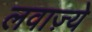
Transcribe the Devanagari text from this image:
लवाज़्ये